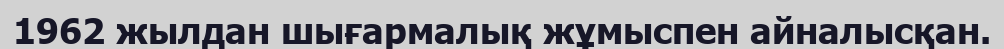
1962 жылдан шығармалық жұмыспен айналысқан.